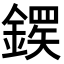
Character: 𬫸